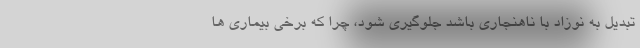
تبدیل به نوزاد با ناهنجاری باشد جلوگیری شود، چرا که برخی بیماری ها